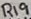
Text: R19